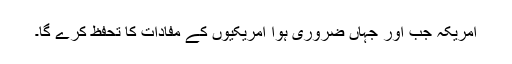
امریکہ جب اور جہاں ضروری ہوا امریکیوں کے مفادات کا تحفظ کرے گا۔